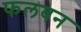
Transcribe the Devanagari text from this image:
फलबन